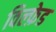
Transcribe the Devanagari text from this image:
विल्फ़ेड